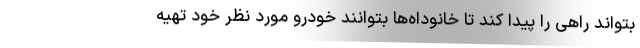
بتواند راهی را پیدا کند تا خانوداه‌ها بتوانند خودرو مورد نظر خود تهیه